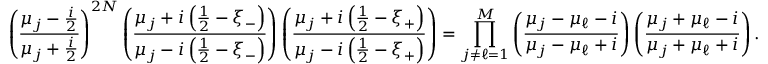
\left( \frac { \mu _ { j } - \frac { i } { 2 } } { \mu _ { j } + \frac { i } { 2 } } \right) ^ { 2 N } \left( \frac { \mu _ { j } + i \left( \frac { 1 } { 2 } - \xi _ { - } \right) } { \mu _ { j } - i \left( \frac { 1 } { 2 } - \xi _ { - } \right) } \right) \left( \frac { \mu _ { j } + i \left( \frac { 1 } { 2 } - \xi _ { + } \right) } { \mu _ { j } - i \left( \frac { 1 } { 2 } - \xi _ { + } \right) } \right) = \prod _ { j \neq \ell = 1 } ^ { M } \left( \frac { \mu _ { j } - \mu _ { \ell } - i } { \mu _ { j } - \mu _ { \ell } + i } \right) \left( \frac { \mu _ { j } + \mu _ { \ell } - i } { \mu _ { j } + \mu _ { \ell } + i } \right) .